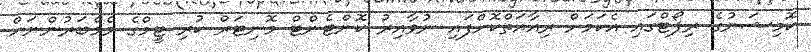
ކޮމިޝަނުގެ ރިޕޯޓްގައި އެކަމަށް ރިއާއަތްކޮށްފައި ނުވާއިރު ކޮންޓެންޓް މޮނިޓަރް ކުރި ޓީމްގެ މެމްބަރުންނަށް